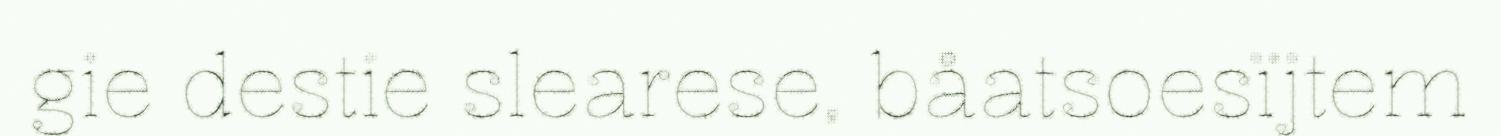
gie destie slearese, båatsoesïjtem